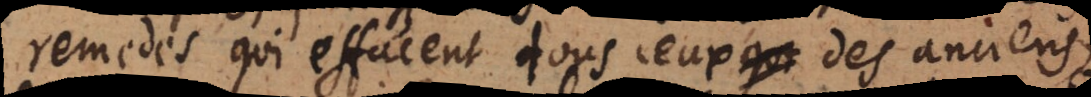
remedes qui effacent tous ceux des anciens,